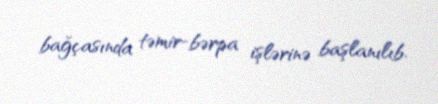
bağçasında təmir-bərpa işlərinə başlanılıb.